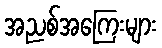
အညစ်အကြေးများ